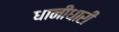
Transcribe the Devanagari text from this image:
धानीधारी